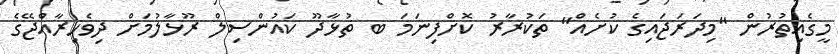
މީގެއިތުރުން "މިދަރަޖައިގެ ކުށެއް" ތަކުރާރު ކޮށްފިނަމަ ބ ތުޅާދޫ ކައުންސިލް ރޫޅާލުމަށް ދިވެހިރާއްޖޭގެ